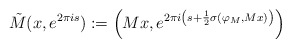
\begin{align*}\tilde{M}(x, e^{2\pi is}):=\left(Mx, e^{2\pi i\left(s+\frac{1}{2}\sigma(\varphi_{M},Mx)\right)}\right)\end{align*}